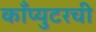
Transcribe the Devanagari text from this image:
काँप्युटरची